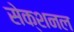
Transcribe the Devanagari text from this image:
सेक्शनल